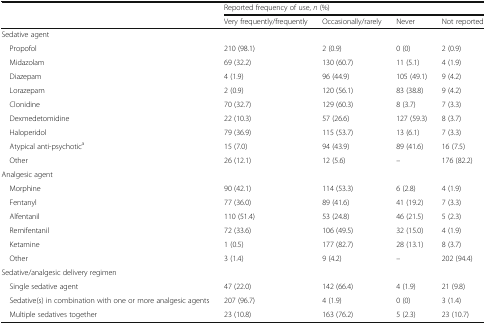
<table><thead><tr><td rowspan="2"></td><td colspan="4"><b>Reported frequency of use, <i>n</i> (%)</b></td></tr><tr><td><b>Very frequently/frequently</b></td><td><b>Occasionally/rarely</b></td><td><b>Never</b></td><td><b>Not reported</b></td></tr></thead><tbody><tr><td colspan="5">Sedative agent</td></tr><tr><td> Propofol</td><td>210 (98.1)</td><td>2 (0.9)</td><td>0 (0)</td><td>2 (0.9)</td></tr><tr><td> Midazolam</td><td>69 (32.2)</td><td>130 (60.7)</td><td>11 (5.1)</td><td>4 (1.9)</td></tr><tr><td> Diazepam</td><td>4 (1.9)</td><td>96 (44.9)</td><td>105 (49.1)</td><td>9 (4.2)</td></tr><tr><td> Lorazepam</td><td>2 (0.9)</td><td>120 (56.1)</td><td>83 (38.8)</td><td>9 (4.2)</td></tr><tr><td> Clonidine</td><td>70 (32.7)</td><td>129 (60.3)</td><td>8 (3.7)</td><td>7 (3.3)</td></tr><tr><td> Dexmedetomidine</td><td>22 (10.3)</td><td>57 (26.6)</td><td>127 (59.3)</td><td>8 (3.7)</td></tr><tr><td> Haloperidol</td><td>79 (36.9)</td><td>115 (53.7)</td><td>13 (6.1)</td><td>7 (3.3)</td></tr><tr><td> Atypical anti-psychotic<sup>a</sup></td><td>15 (7.0)</td><td>94 (43.9)</td><td>89 (41.6)</td><td>16 (7.5)</td></tr><tr><td> Other</td><td>26 (12.1)</td><td>12 (5.6)</td><td>–</td><td>176 (82.2)</td></tr><tr><td colspan="5">Analgesic agent</td></tr><tr><td> Morphine</td><td>90 (42.1)</td><td>114 (53.3)</td><td>6 (2.8)</td><td>4 (1.9)</td></tr><tr><td> Fentanyl</td><td>77 (36.0)</td><td>89 (41.6)</td><td>41 (19.2)</td><td>7 (3.3)</td></tr><tr><td> Alfentanil</td><td>110 (51.4)</td><td>53 (24.8)</td><td>46 (21.5)</td><td>5 (2.3)</td></tr><tr><td> Remifentanil</td><td>72 (33.6)</td><td>106 (49.5)</td><td>32 (15.0)</td><td>4 (1.9)</td></tr><tr><td> Ketamine</td><td>1 (0.5)</td><td>177 (82.7)</td><td>28 (13.1)</td><td>8 (3.7)</td></tr><tr><td> Other</td><td>3 (1.4)</td><td>9 (4.2)</td><td>–</td><td>202 (94.4)</td></tr><tr><td colspan="5">Sedative/analgesic delivery regimen</td></tr><tr><td> Single sedative agent</td><td>47 (22.0)</td><td>142 (66.4)</td><td>4 (1.9)</td><td>21 (9.8)</td></tr><tr><td> Sedative(s) in combination with one or more analgesic agents</td><td>207 (96.7)</td><td>4 (1.9)</td><td>0 (0)</td><td>3 (1.4)</td></tr><tr><td> Multiple sedatives together</td><td>23 (10.8)</td><td>163 (76.2)</td><td>5 (2.3)</td><td>23 (10.7)</td></tr></tbody></table>